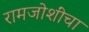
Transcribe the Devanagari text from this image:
रामजोशींचा